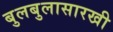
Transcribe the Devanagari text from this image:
बुलबुलासारखी